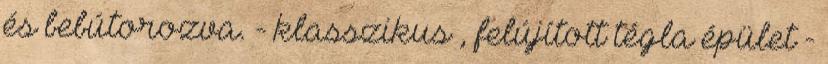
és bebútorozva. - klasszikus , felújított tégla épület -